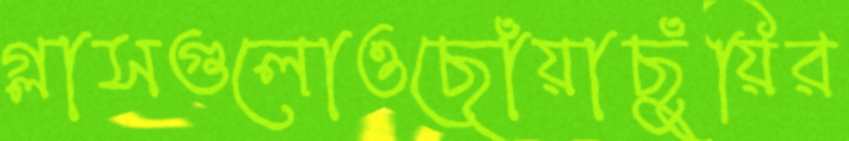
গ্লাসগুলোওছোঁয়াছুঁয়ির